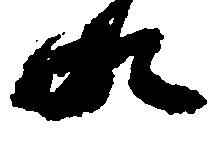
の